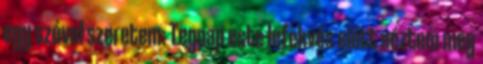
egy szóval szeretem: Tegnap este lefekvés előtt néztem meg